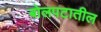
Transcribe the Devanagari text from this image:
बोलपटातील